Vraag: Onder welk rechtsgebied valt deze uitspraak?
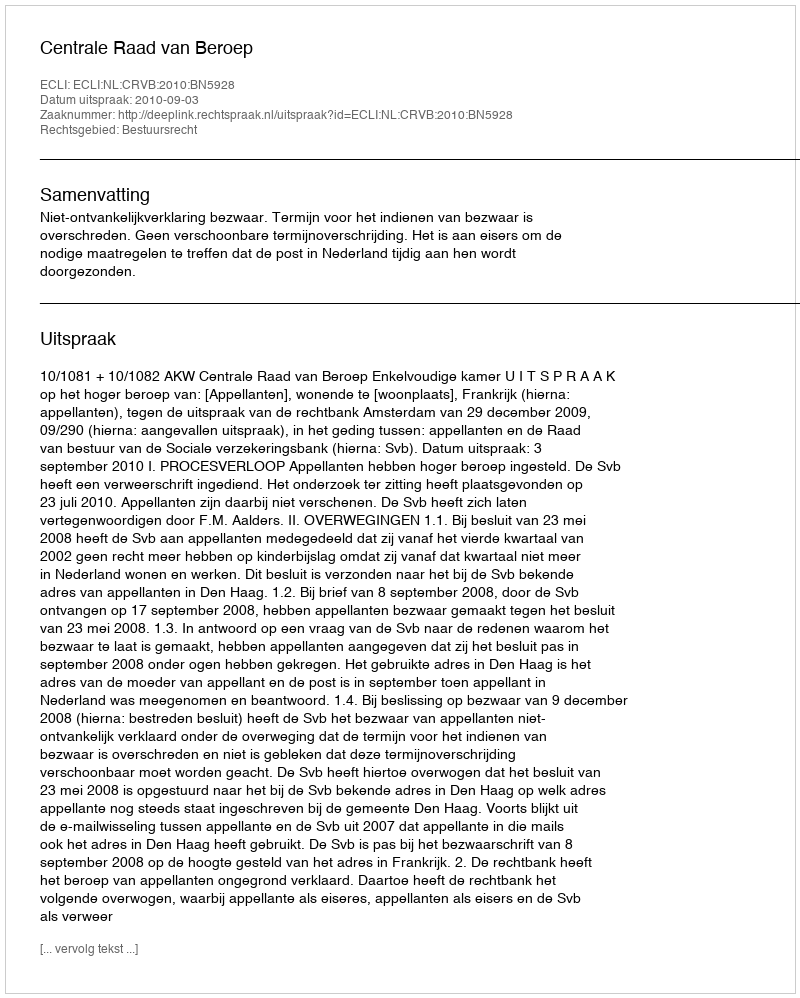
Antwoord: Bestuursrecht